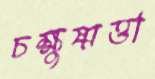
চক্ষুষ্মত্তা